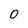
Character: 0